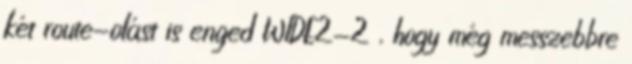
két route-olást is enged WIDE2-2 , hogy még messzebbre